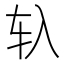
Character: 𰹰